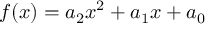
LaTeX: f ( x ) = a _ { 2 } x ^ { 2 } + a _ { 1 } x + a _ { 0 } \qquad